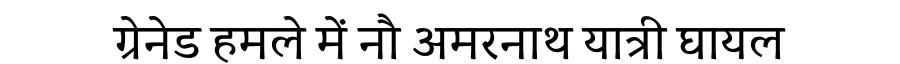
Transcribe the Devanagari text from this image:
ग्रेनेड हमले में नौ अमरनाथ यात्री घायल